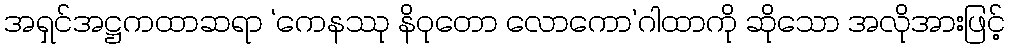
အရှင်အဋ္ဌကထာဆရာ ‘ကေနဿု နိဝုတော လောကော’ဂါထာကို ဆိုသော အလိုအားဖြင့်